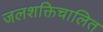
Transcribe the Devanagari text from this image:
जलशक्तिचालित